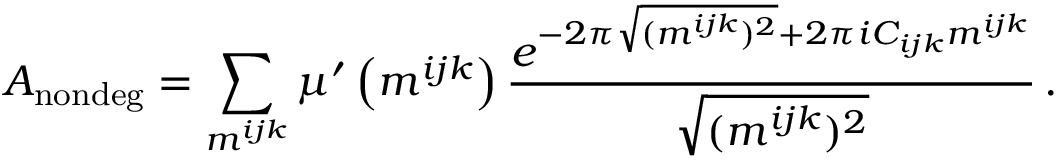
A _ { \mathrm { n o n d e g } } = \sum _ { m ^ { i j k } } \mu ^ { \prime } \left( m ^ { i j k } \right) \frac { e ^ { - 2 \pi \sqrt { ( m ^ { i j k } ) ^ { 2 } } + 2 \pi i C _ { i j k } m ^ { i j k } } } { \sqrt { ( m ^ { i j k } ) ^ { 2 } } } \, .